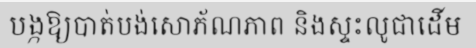
បង្កឱ្យបាត់បង់សោភ័ណភាព និងស្ទះលូជាដើម